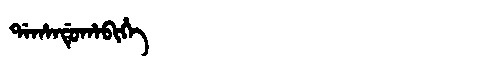
Manchu: ᡩᠠᡥᠠᠨᡩᡠᡥᠠᠪᡳᡥᡝ
Romanization: DAHANDUHABIHE